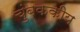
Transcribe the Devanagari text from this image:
चुंबककीय